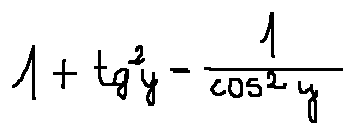
1 + t g ^ { 2 } y = \frac { 1 } { \cos ^ { 2 } y }